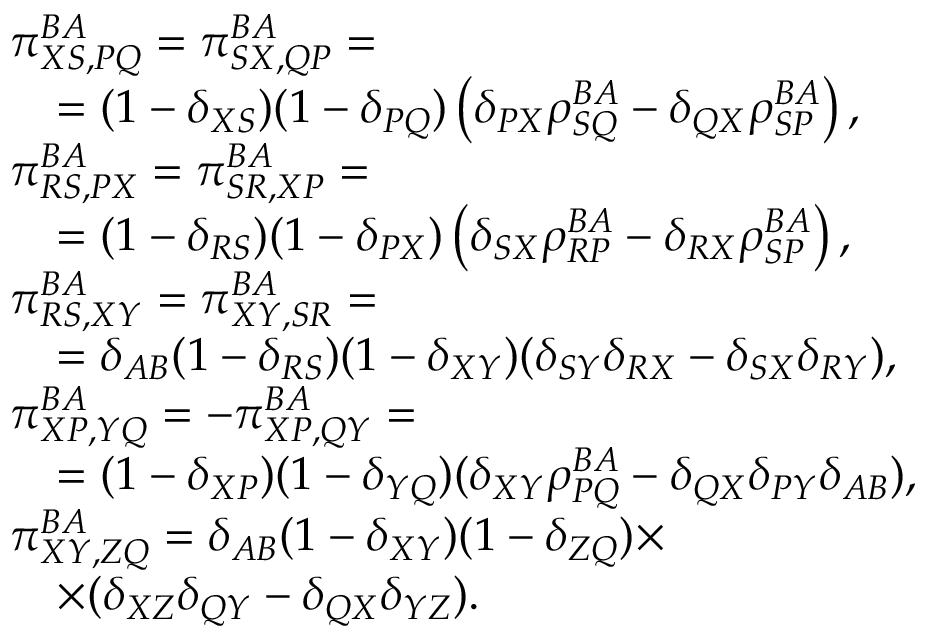
\begin{array} { r l } & { \pi _ { X S , P Q } ^ { B A } = \pi _ { S X , Q P } ^ { B A } = } \\ & { \quad = ( 1 - \delta _ { X S } ) ( 1 - \delta _ { P Q } ) \left( \delta _ { P X } \rho _ { S Q } ^ { B A } - \delta _ { Q X } \rho _ { S P } ^ { B A } \right) , } \\ & { \pi _ { R S , P X } ^ { B A } = \pi _ { S R , X P } ^ { B A } = } \\ & { \quad = ( 1 - \delta _ { R S } ) ( 1 - \delta _ { P X } ) \left( \delta _ { S X } \rho _ { R P } ^ { B A } - \delta _ { R X } \rho _ { S P } ^ { B A } \right) , } \\ & { \pi _ { R S , X Y } ^ { B A } = \pi _ { X Y , S R } ^ { B A } = } \\ & { \quad = \delta _ { A B } ( 1 - \delta _ { R S } ) ( 1 - \delta _ { X Y } ) ( \delta _ { S Y } \delta _ { R X } - \delta _ { S X } \delta _ { R Y } ) , } \\ & { \pi _ { X P , Y Q } ^ { B A } = - \pi _ { X P , Q Y } ^ { B A } = } \\ & { \quad = ( 1 - \delta _ { X P } ) ( 1 - \delta _ { Y Q } ) ( \delta _ { X Y } \rho _ { P Q } ^ { B A } - \delta _ { Q X } \delta _ { P Y } \delta _ { A B } ) , } \\ & { \pi _ { X Y , Z Q } ^ { B A } = \delta _ { A B } ( 1 - \delta _ { X Y } ) ( 1 - \delta _ { Z Q } ) \times } \\ & { \quad \times ( \delta _ { X Z } \delta _ { Q Y } - \delta _ { Q X } \delta _ { Y Z } ) . } \end{array}